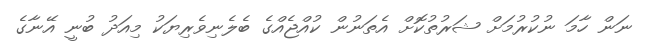
ނަން ހާމަ ނުކުރުމަށް ޝަރުތުކޮށް އެތަނުން ކުއްޖެއްގެ ބެލެނިވެރިޔަކު މިއަދު ބުނީ އޭނާގެ